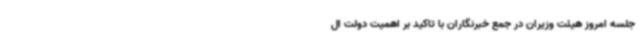
جلسه امروز هیئت وزیران در جمع خبرنگاران با تاکید بر اهمیت دولت ال